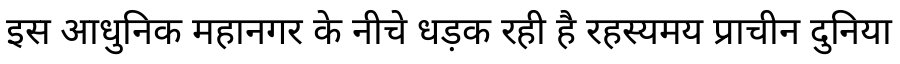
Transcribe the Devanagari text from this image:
इस आधुनिक महानगर के नीचे धड़क रही है रहस्यमय प्राचीन दुनिया